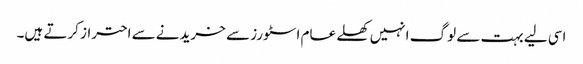
اسی لیے بہت سے لوگ انہیں کھلے عام اسٹورز سے خریدنے سے احتراز کرتے ہیں۔